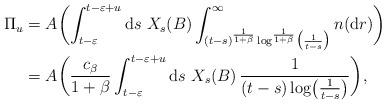
LaTeX: \begin{align*}\Pi_{u}&=A\biggl(\int_{t-\varepsilon}^{t-\varepsilon+u}\mathrm{d}s\ X_{s}(B)\int_{(t-s)^{\frac{1}{1+\beta}}\log^{\frac{1}{1+\beta}}\bigl(\frac{1}{t-s}\bigr)}^{\infty}n(\mathrm{d}r)\biggr)\\&=A\biggl(\frac{c_\beta}{1+\beta}\int_{t-\varepsilon}^{t-\varepsilon+u}\mathrm{d}s\ X_{s}(B)\,\frac{1}{(t-s)\log\bigl(\frac{1}{t-s}\bigr)}\biggr),\end{align*}